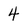
Character: 4